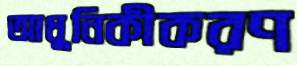
আধুনিকীকরণ